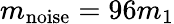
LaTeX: m_{\textrm{noise}}=96m_{1}